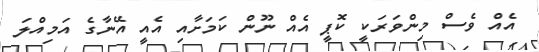
އެއް ވެސް މިންވަރަކީ ކޮޕީ އެއް ނޫން ކަމަށާއި އެއީ އޭނާގެ އަމިއްލަ